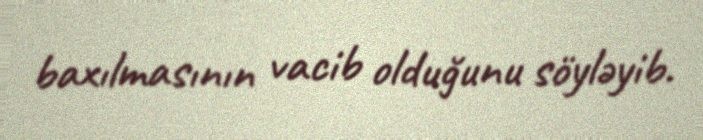
baxılmasının vacib olduğunu söyləyib.